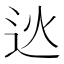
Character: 𨑯